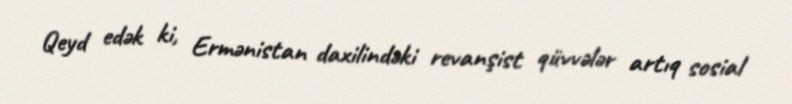
Qeyd edək ki, Ermənistan daxilindəki revanşist qüvvələr artıq sosial